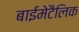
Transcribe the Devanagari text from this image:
बाईमेटैलिक